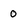
Character: 0